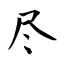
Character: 尽